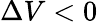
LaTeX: \Delta V<0